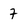
Character: 7